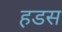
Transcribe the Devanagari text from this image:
हडस